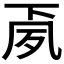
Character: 𭂳